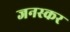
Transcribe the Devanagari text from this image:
जनस्‍कर